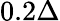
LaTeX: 0.2\Delta